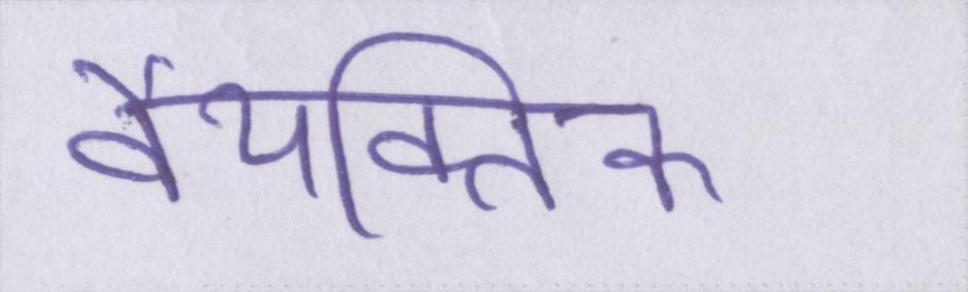
वैयक्तिक